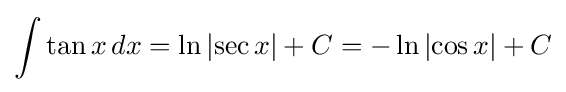
\int \tan x\,dx=\ln \left|\sec x\right|+C=-\ln \left|\cos x\right|+C